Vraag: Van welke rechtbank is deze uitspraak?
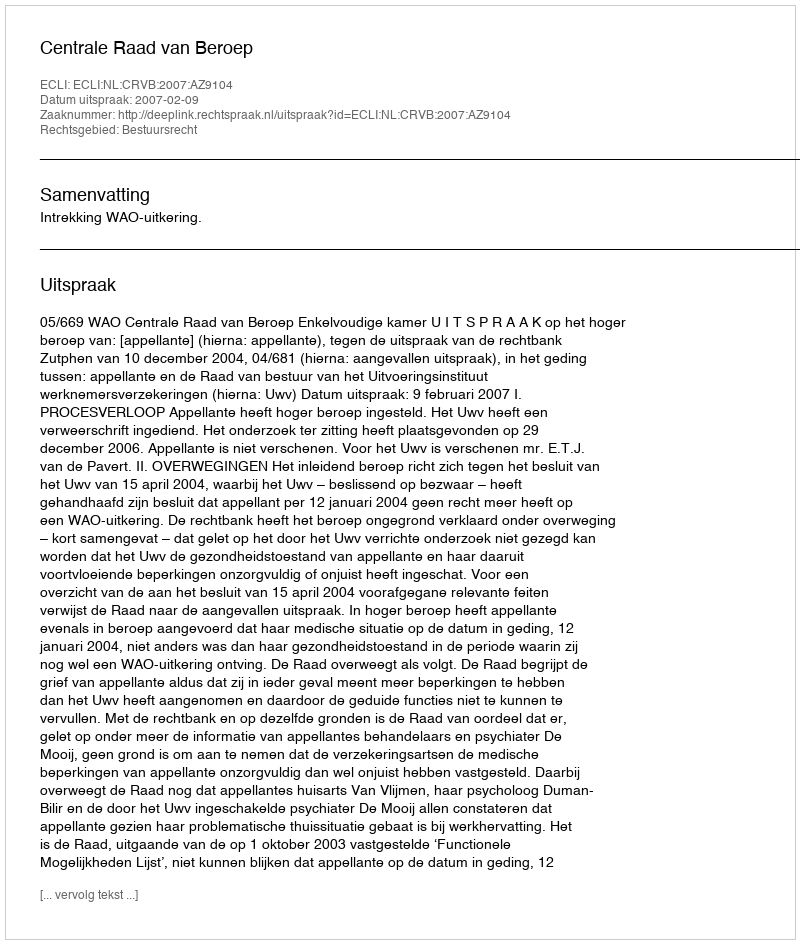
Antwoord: Centrale Raad van Beroep